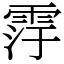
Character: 䨕